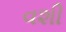
વશી